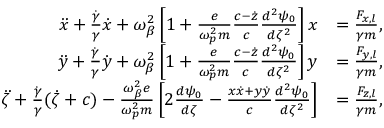
\begin{array} { r l } { \ddot { x } + \frac { \dot { \gamma } } { \gamma } \dot { x } + \omega _ { \beta } ^ { 2 } \left[ 1 + \frac { e } { \omega _ { p } ^ { 2 } m } \frac { c - \dot { z } } { c } \frac { d ^ { 2 } \psi _ { 0 } } { d \zeta ^ { 2 } } \right] x } & { = \frac { F _ { x , l } } { \gamma m } , } \\ { \ddot { y } + \frac { \dot { \gamma } } { \gamma } \dot { y } + \omega _ { \beta } ^ { 2 } \left[ 1 + \frac { e } { \omega _ { p } ^ { 2 } m } \frac { c - \dot { z } } { c } \frac { d ^ { 2 } \psi _ { 0 } } { d \zeta ^ { 2 } } \right] y } & { = \frac { F _ { y , l } } { \gamma m } , } \\ { \ddot { \zeta } + \frac { \dot { \gamma } } { \gamma } ( \dot { \zeta } + c ) - \frac { \omega _ { \beta } ^ { 2 } e } { \omega _ { p } ^ { 2 } m } \left[ 2 \frac { d \psi _ { 0 } } { d \zeta } - \frac { x \dot { x } + y \dot { y } } { c } \frac { d ^ { 2 } \psi _ { 0 } } { d \zeta ^ { 2 } } \right] } & { = \frac { F _ { z , l } } { \gamma m } , } \end{array}